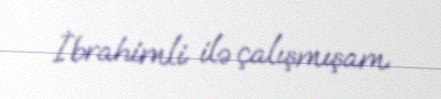
İbrahimli ilə çalışmışam.